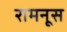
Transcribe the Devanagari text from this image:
रामनूस